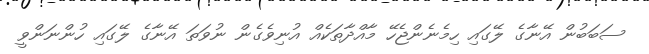
ސަބަބުން އޭނާގެ ލޭގައި ހިމެނެންޖެހޭ މާއްދާތަކެއް އުނިވެގެން ނުވަތަ އޭނާގެ ލޭގައި ހުންނަންވީ